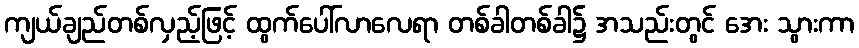
ကျယ်ချည်တစ်လှည့်ဖြင့် ထွက်ပေါ်လာလေရာ တစ်ခါတစ်ခါ၌ အသည်းတွင် အေး သွားကာ